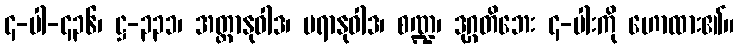
၄-ပါ-၄၃၆၊ ဋ္ဌ-၃၃၁၊ အတ္တာနုဝါဒ၊ ပရာနုဝါဒ၊ စဏ္ဍ၊ ဒုဂ္ဂတိဘေး ၄-ပါးကို ဟောထား၏။